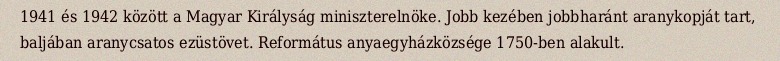
1941 és 1942 között a Magyar Királyság miniszterelnöke. Jobb kezében jobbharánt aranykopját tart, baljában aranycsatos ezüstövet. Református anyaegyházközsége 1750-ben alakult.